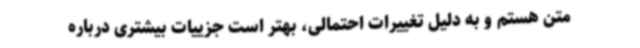
متن هستم و به دلیل تغییرات احتمالی، بهتر است جزییات بیشتری درباره